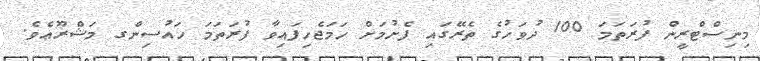
މިނިސްޓްރީން ފުރަތަމަ 100 ދުވަހުގެ ތެރޭގައި ފެށުމަށް ހަމަޖެހިފައިވާ ފުރަތަމަ ހައުސިންގ މަޝްރޫޢެވެ.